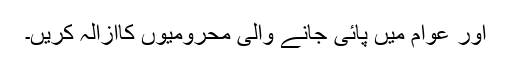
اور عوام میں پائی جانے والی محرومیوں کاازالہ کریں۔